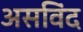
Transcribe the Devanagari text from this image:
असविंद